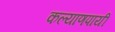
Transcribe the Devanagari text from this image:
कल्याणपायीं